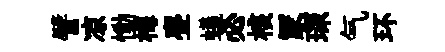
譬凉慟梅亹蟻必核冡琛气环